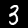
Label: 3